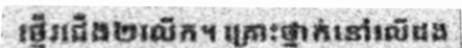
ថ្មើរជើង២លើក។ គ្រោះថ្នាក់នៅលើដង